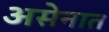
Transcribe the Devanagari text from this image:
असेनात